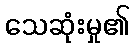
သေဆုံးမှု၏